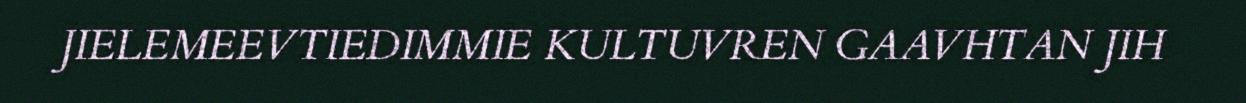
JIELEMEEVTIEDIMMIE KULTUVREN GAAVHTAN JIH